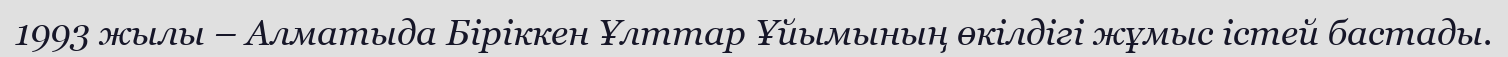
1993 жылы – Алматыда Біріккен Ұлттар Ұйымының өкілдігі жұмыс істей бастады.